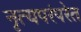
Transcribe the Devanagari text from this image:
नृत्यपरंपरेत